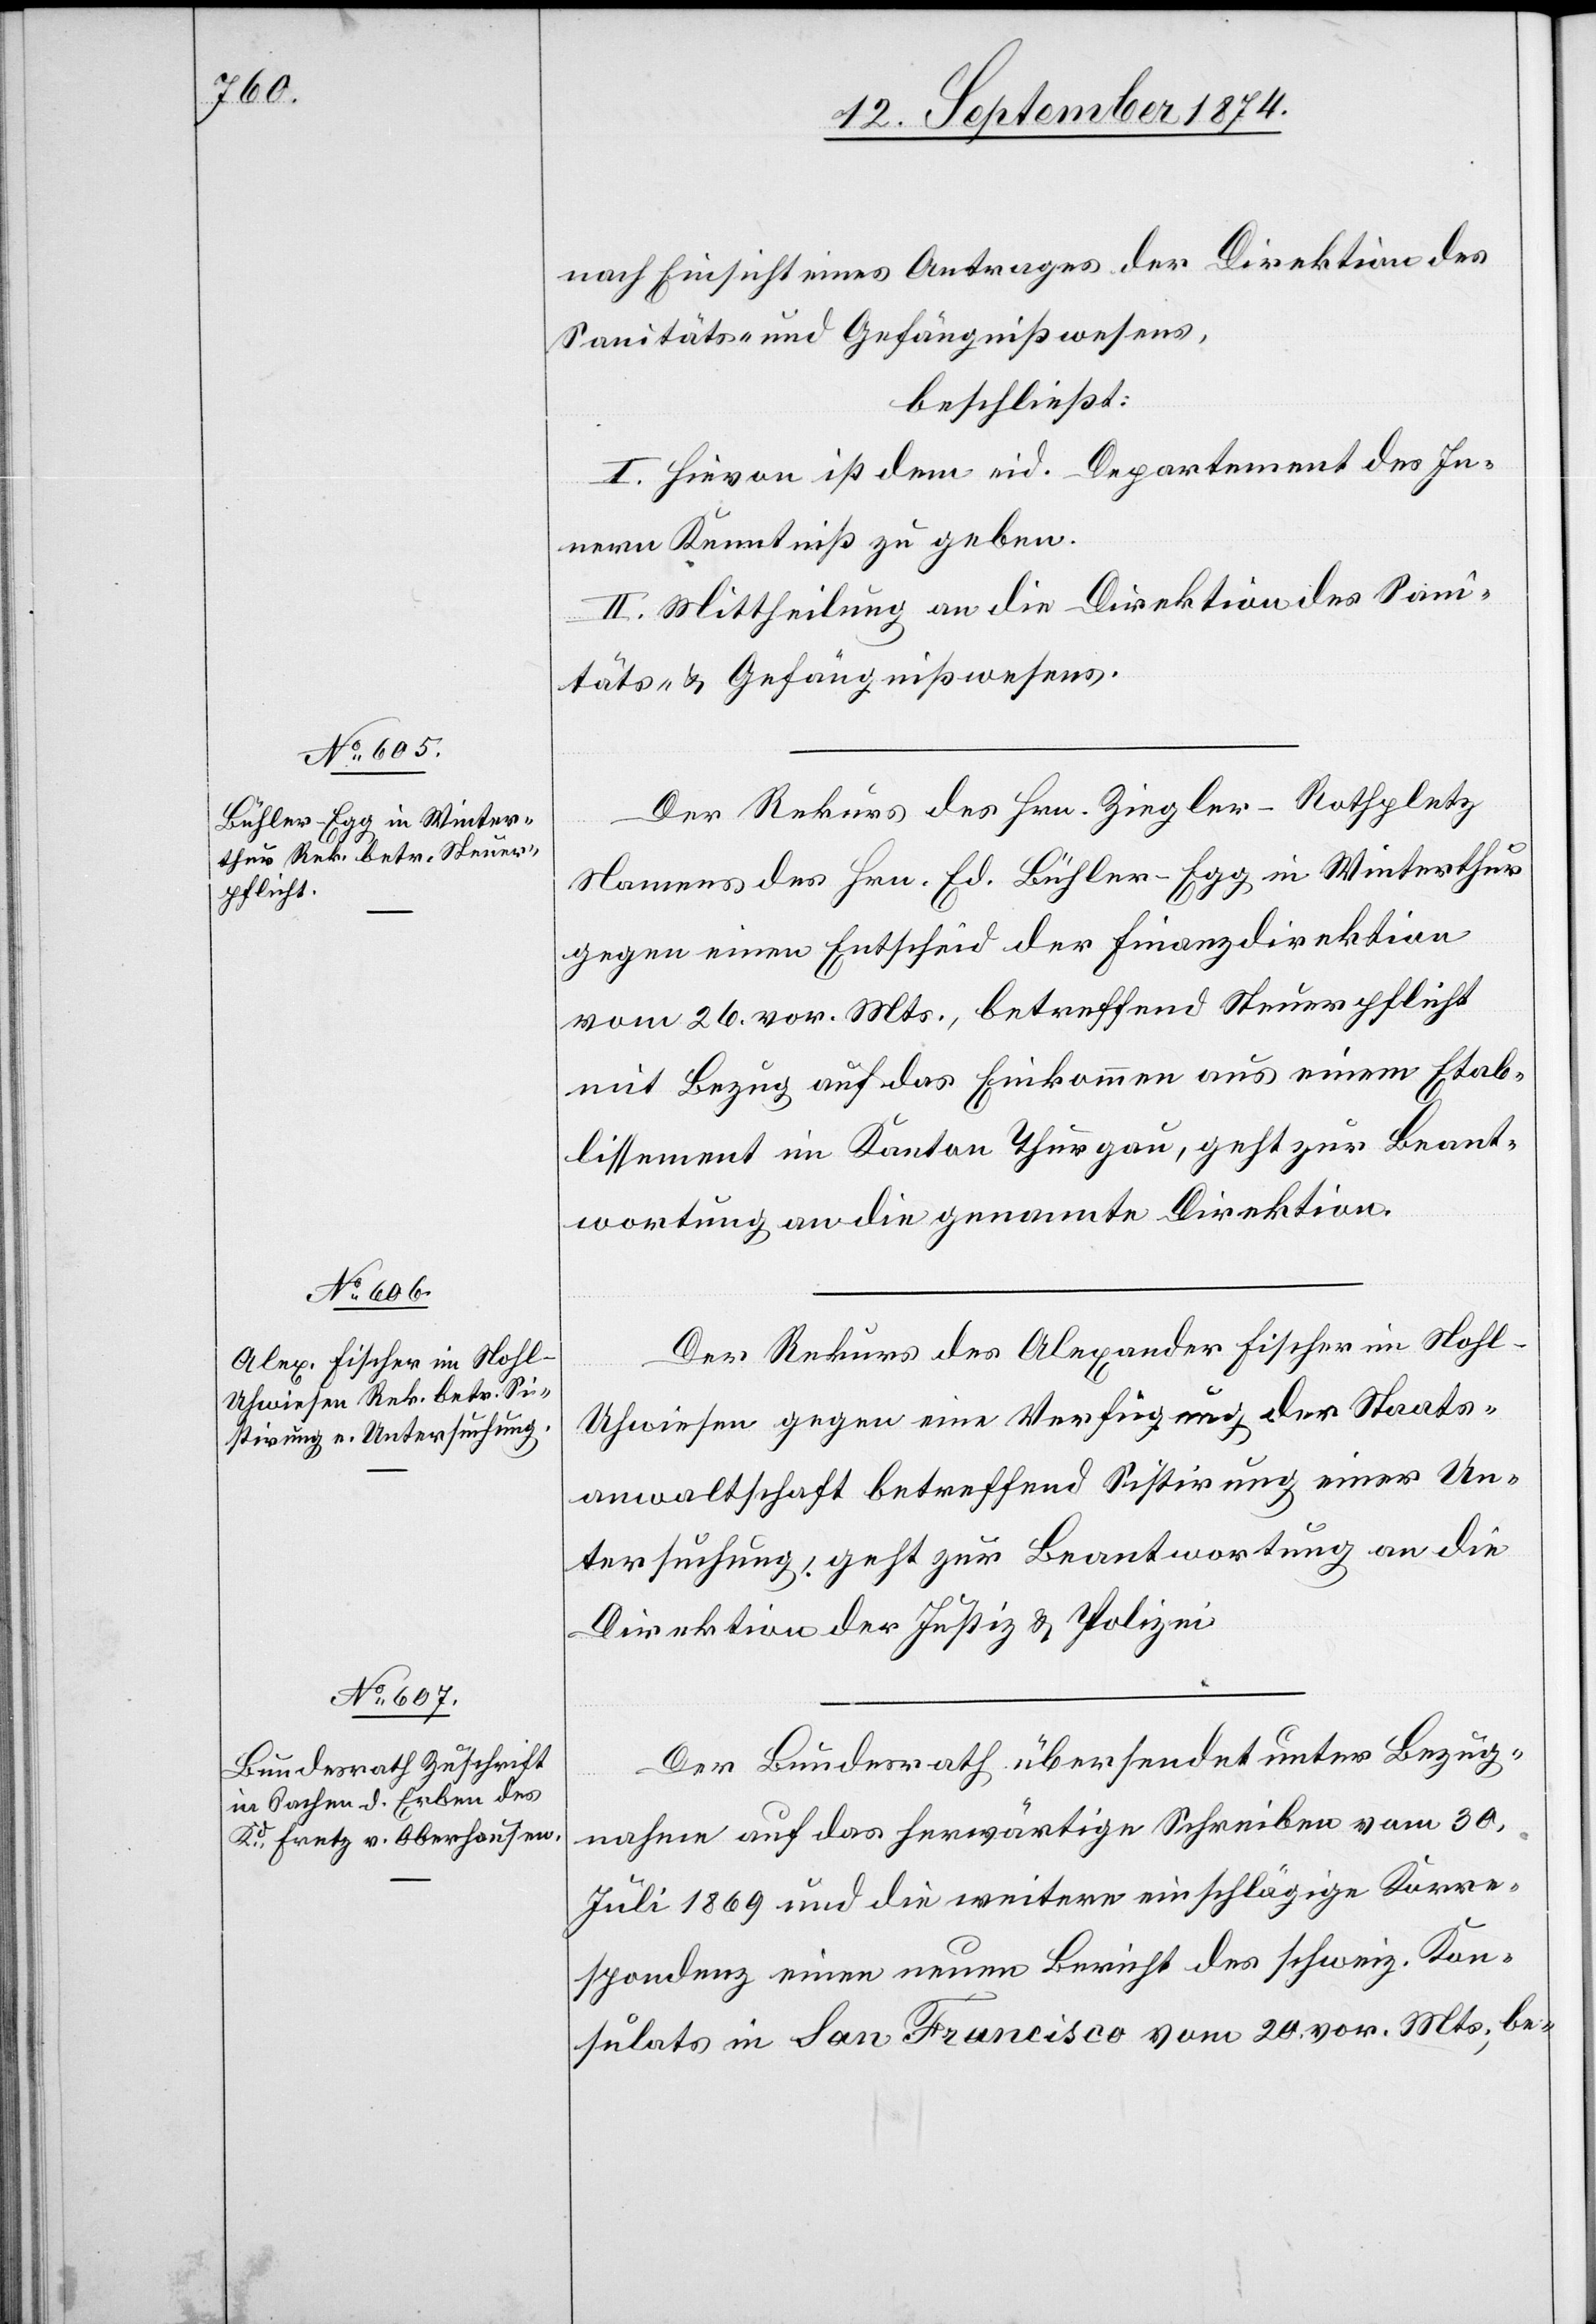
15. September 1874.]
nach Einsicht eines Antrages der Direktion des
Sanitäts- und Gefängnißwesens,
beschließt:
I. Hievon ist dem eid. Departement des In¬
nern Kenntniß zu geben.
II. Mittheilung an die Direktion des Sani¬
täts- & Gefängnißwesens.
Der Rekurs des Hrn. Ziegler-Rothpletz
Namens des Hrn. Ed. Bühler-Egg in Winterthur
gegen einen Entscheid der Finanzdirektion
vom 26. vor. Mts., betreffend Steuerpflicht
mit Bezug auf das Einkommen aus einem Etab¬
lissement im Kanton Thurgau, geht zur Beant¬
wortung an die genannte Direktion.
Der Rekurs des Alexander Fischer im Nohl-U¬
hwiesen gegen eine Verfügung der Staats¬
anwaltschaft betreffend Sistirung einer Un¬
tersuchung geht zur Beantwortung an die
Direktion der Justiz & Polizei.
Der Bundesrath übersendet unter Bezug¬
nahme auf das herwärtige Schreiben vom 30.
Juli 1869 und die weitere einschlägige Korre¬
spondenz einen neuen Bericht des schweiz. Kon¬
sulats in San Francisco vom 20. vor. Mts., be-